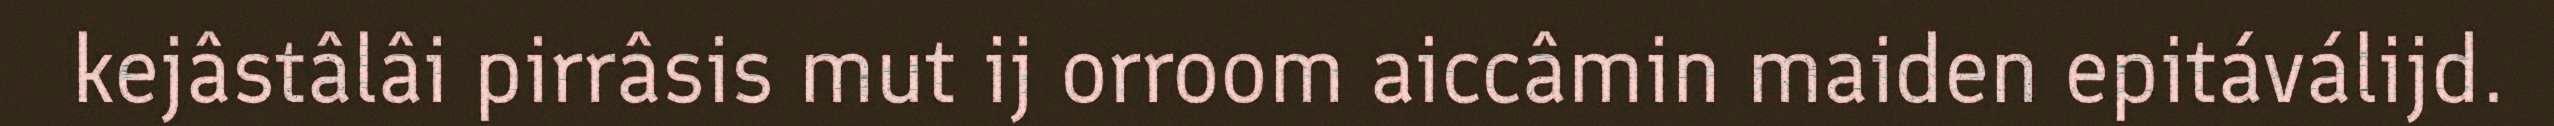
kejâstâlâi pirrâsis mut ij orroom aiccâmin maiden epitáválijd.